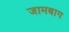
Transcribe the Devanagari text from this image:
जामबाग